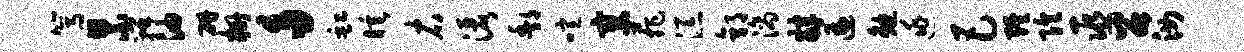
篙累瓣油研栅多缸睡右洒酆喧寥菲添郭滴肄遍勉逃巴缠隍巫召汝